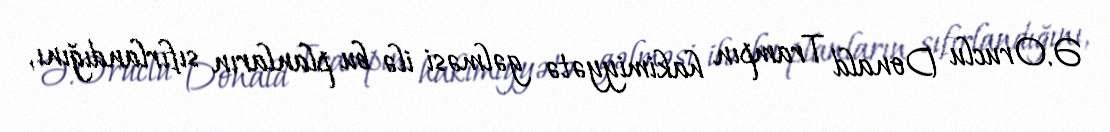
Ə.Oruclu Donald Trampın hakimiyyətə gəlməsi ilə bu planların sıfırlandığını,